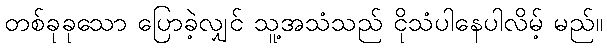
တစ်ခုခုသော ပြောခဲ့လျှင် သူ့အသံသည် ငိုသံပါနေပါလိမ့် မည်။